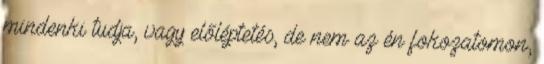
mindenki tudja, vagy előléptetés, de nem az én fokozatomon,